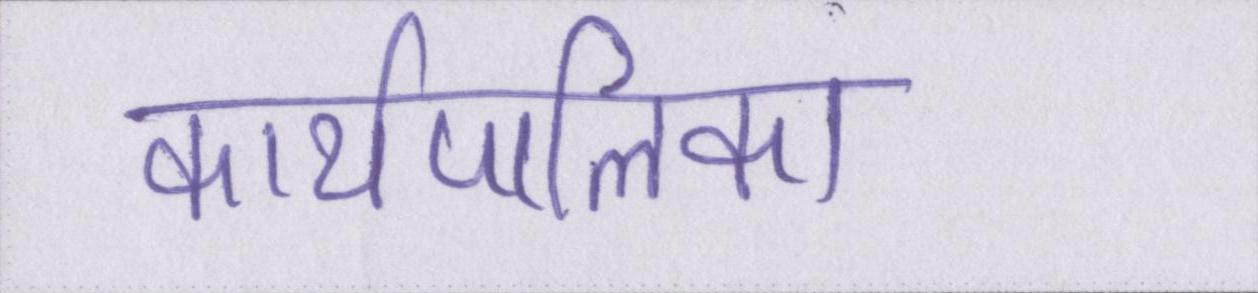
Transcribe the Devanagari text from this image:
कार्यपालिका